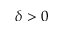
\delta > 0